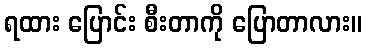
ရထား ပြောင်း စီးတာကို ပြောတာလား။